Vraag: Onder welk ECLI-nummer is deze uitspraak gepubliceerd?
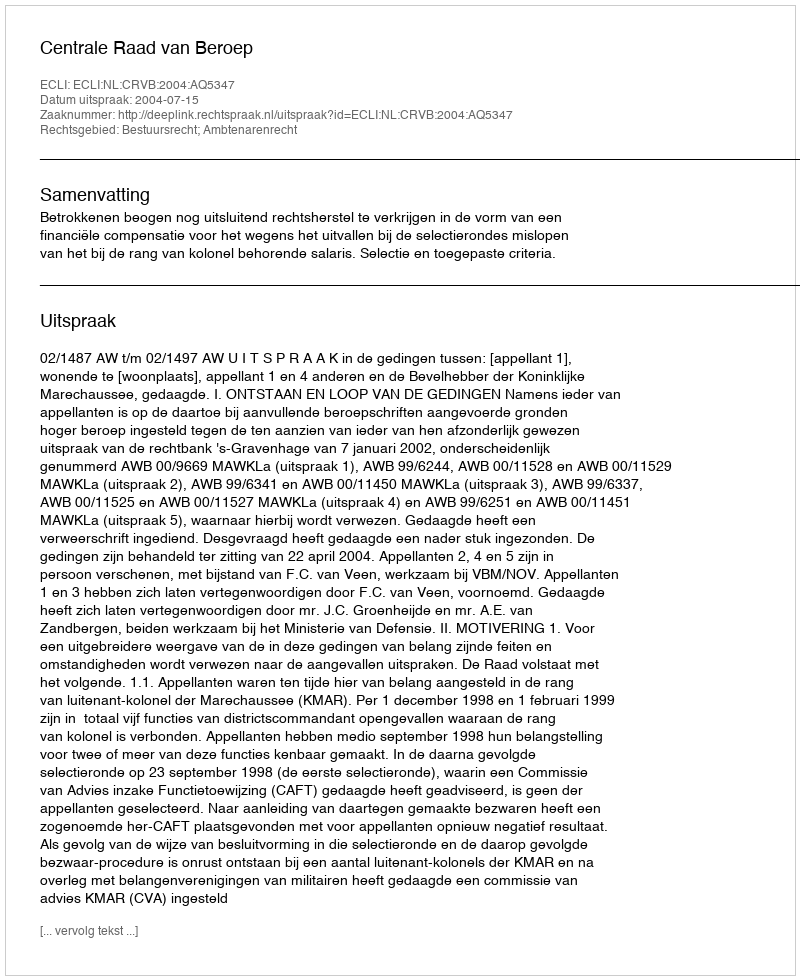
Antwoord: ECLI:NL:CRVB:2004:AQ5347